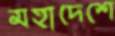
মহাদেশে